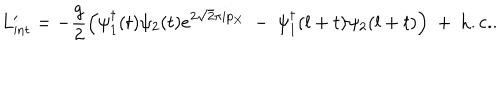
L _ { \mathrm { i n t } } ^ { \prime } = - { \frac { g } { 2 } } \Bigl ( \psi _ { 1 } ^ { \dagger } ( t ) \psi _ { 2 } ( t ) e ^ { 2 \sqrt { 2 } \pi i p _ { X } } \ - \ \psi _ { 1 } ^ { \dagger } ( l + t ) \psi _ { 2 } ( l + t ) \Bigr ) \ + \ \mathrm { h . c . } .